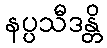
နပ္ပသီဒန္တိ